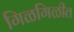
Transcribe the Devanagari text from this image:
गिळगिळीत